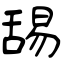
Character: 舓